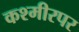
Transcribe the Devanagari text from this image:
कश्मीरपर